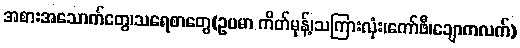
အစားအသောက်တွေ၊သရေစာတွေ(ဥပမာ ကိတ်မုန့်၊သကြားလုံး၊ကော်ဖီ၊ချောကလက်)